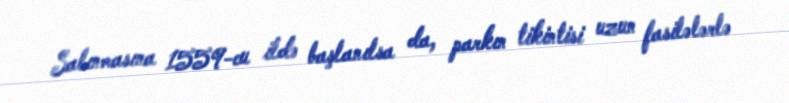
Salınmasına 1559-cu ildə başlanılsa da, parkın tikintisi uzun fasilələrlə